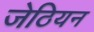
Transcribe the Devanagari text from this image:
जेठियन